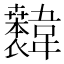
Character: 𫖐